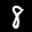
Label: 8